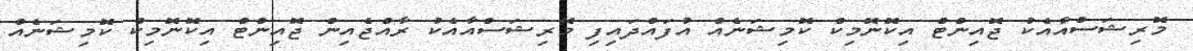
މޮރިޝަސްއާއެކު ޖޮއިންޓް އިކޮނޮމިކް ކޮމިޝަނެއް އުފައްދައިފި މޮރިޝަސްއާއެކު ރާއްޖެއިން ޖޮއިންޓް އިކޮނޮމިކް ކޮމިޝަނެއް